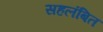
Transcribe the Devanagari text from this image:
सहलंबित